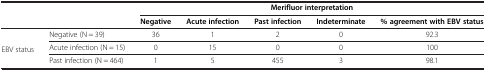
<table><thead><tr><td rowspan="2" colspan="2"><b> </b></td><td colspan="5"><b>Merifluor interpretation</b></td></tr><tr><td><b>Negative</b></td><td><b>Acute infection</b></td><td><b>Past infection</b></td><td><b>Indeterminate</b></td><td><b>% agreement with EBV status</b></td></tr></thead><tbody><tr><td rowspan="3">EBV status</td><td>Negative (N = 39)</td><td>36</td><td>1</td><td>2</td><td>0</td><td>92.3</td></tr><tr><td>Acute infection (N = 15)</td><td>0</td><td>15</td><td>0</td><td>0</td><td>100</td></tr><tr><td>Past infection (N = 464)</td><td>1</td><td>5</td><td>455</td><td>3</td><td>98.1</td></tr></tbody></table>